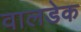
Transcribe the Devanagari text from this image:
वालडेक